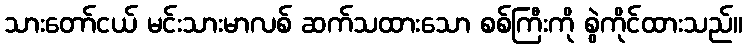
သားတော်ငယ် မင်းသားမာလစ် ဆက်သထားသော စစ်ကြီးကို စွဲကိုင်ထားသည်။